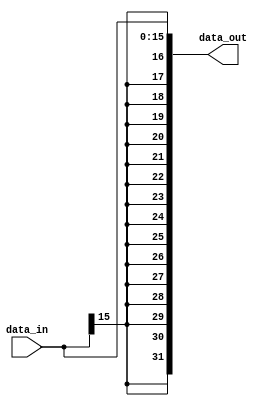
`timescale 1ns / 1ps

module sign_extend(
    data_in,
    data_out
);

input	[15:0]	data_in;
output	[31:0]	data_out;

assign data_out = {{16{data_in[15]}}, data_in};
	
endmodule